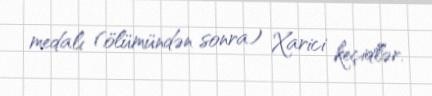
medalı (ölümündən sonra) Xarici keçidlər.